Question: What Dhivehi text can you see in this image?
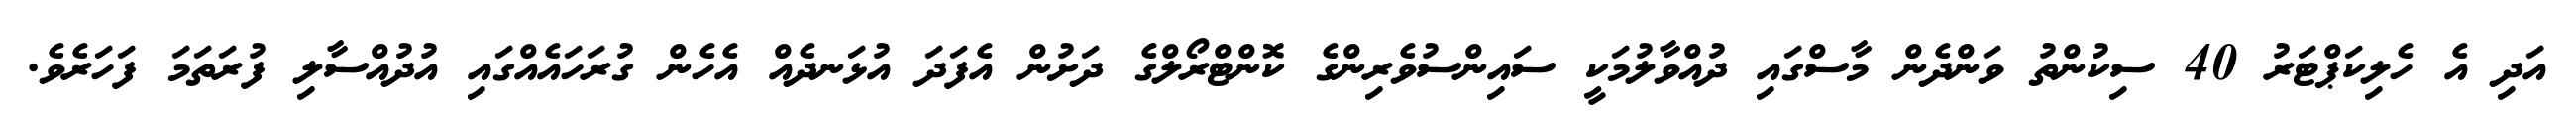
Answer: އަދި އެ ހެލިކަޕްޓަރު 40 ސިކުންތު ވަންދެން މާސްގައި ދުއްވާލުމަކީ ސައިންސުވެރިންގެ ކޮންޓްރޯލްގެ ދަށުން އެފަދަ އުޅަނދެއް އެހެން ގުރަހައެއްގައި އުދުއްސާލި ފުރަތަމަ ފަހަރެވެ.